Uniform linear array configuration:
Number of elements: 8
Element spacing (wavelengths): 1
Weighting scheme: hann
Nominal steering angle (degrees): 15
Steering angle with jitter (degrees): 14.272
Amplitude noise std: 0.05
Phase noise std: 0.05

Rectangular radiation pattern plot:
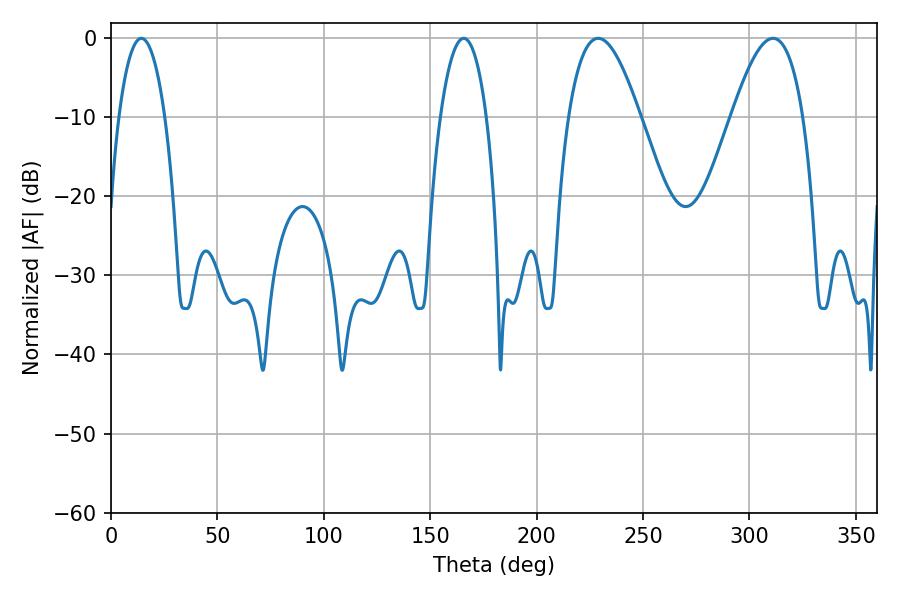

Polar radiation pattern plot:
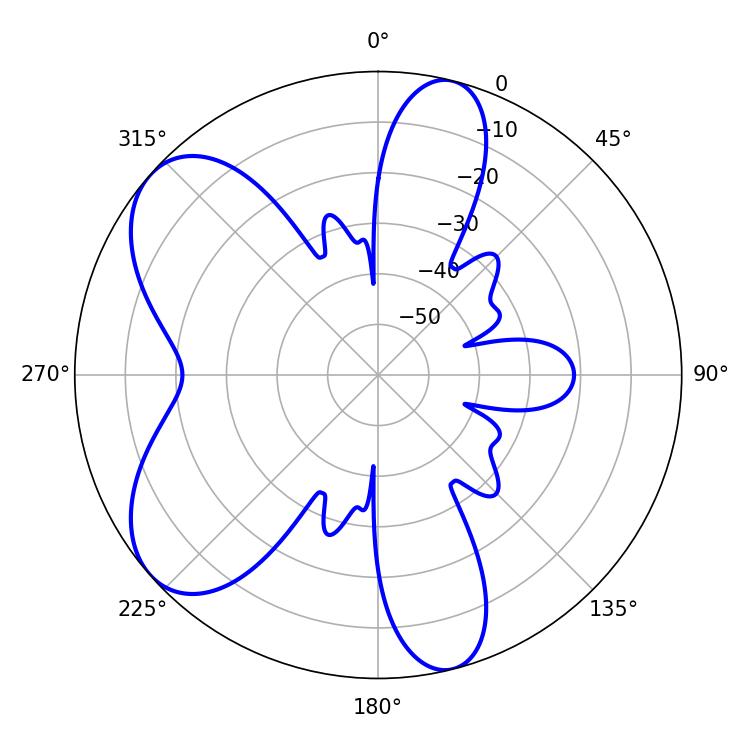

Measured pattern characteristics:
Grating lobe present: TRUE
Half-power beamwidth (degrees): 18.36
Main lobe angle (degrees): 228.96